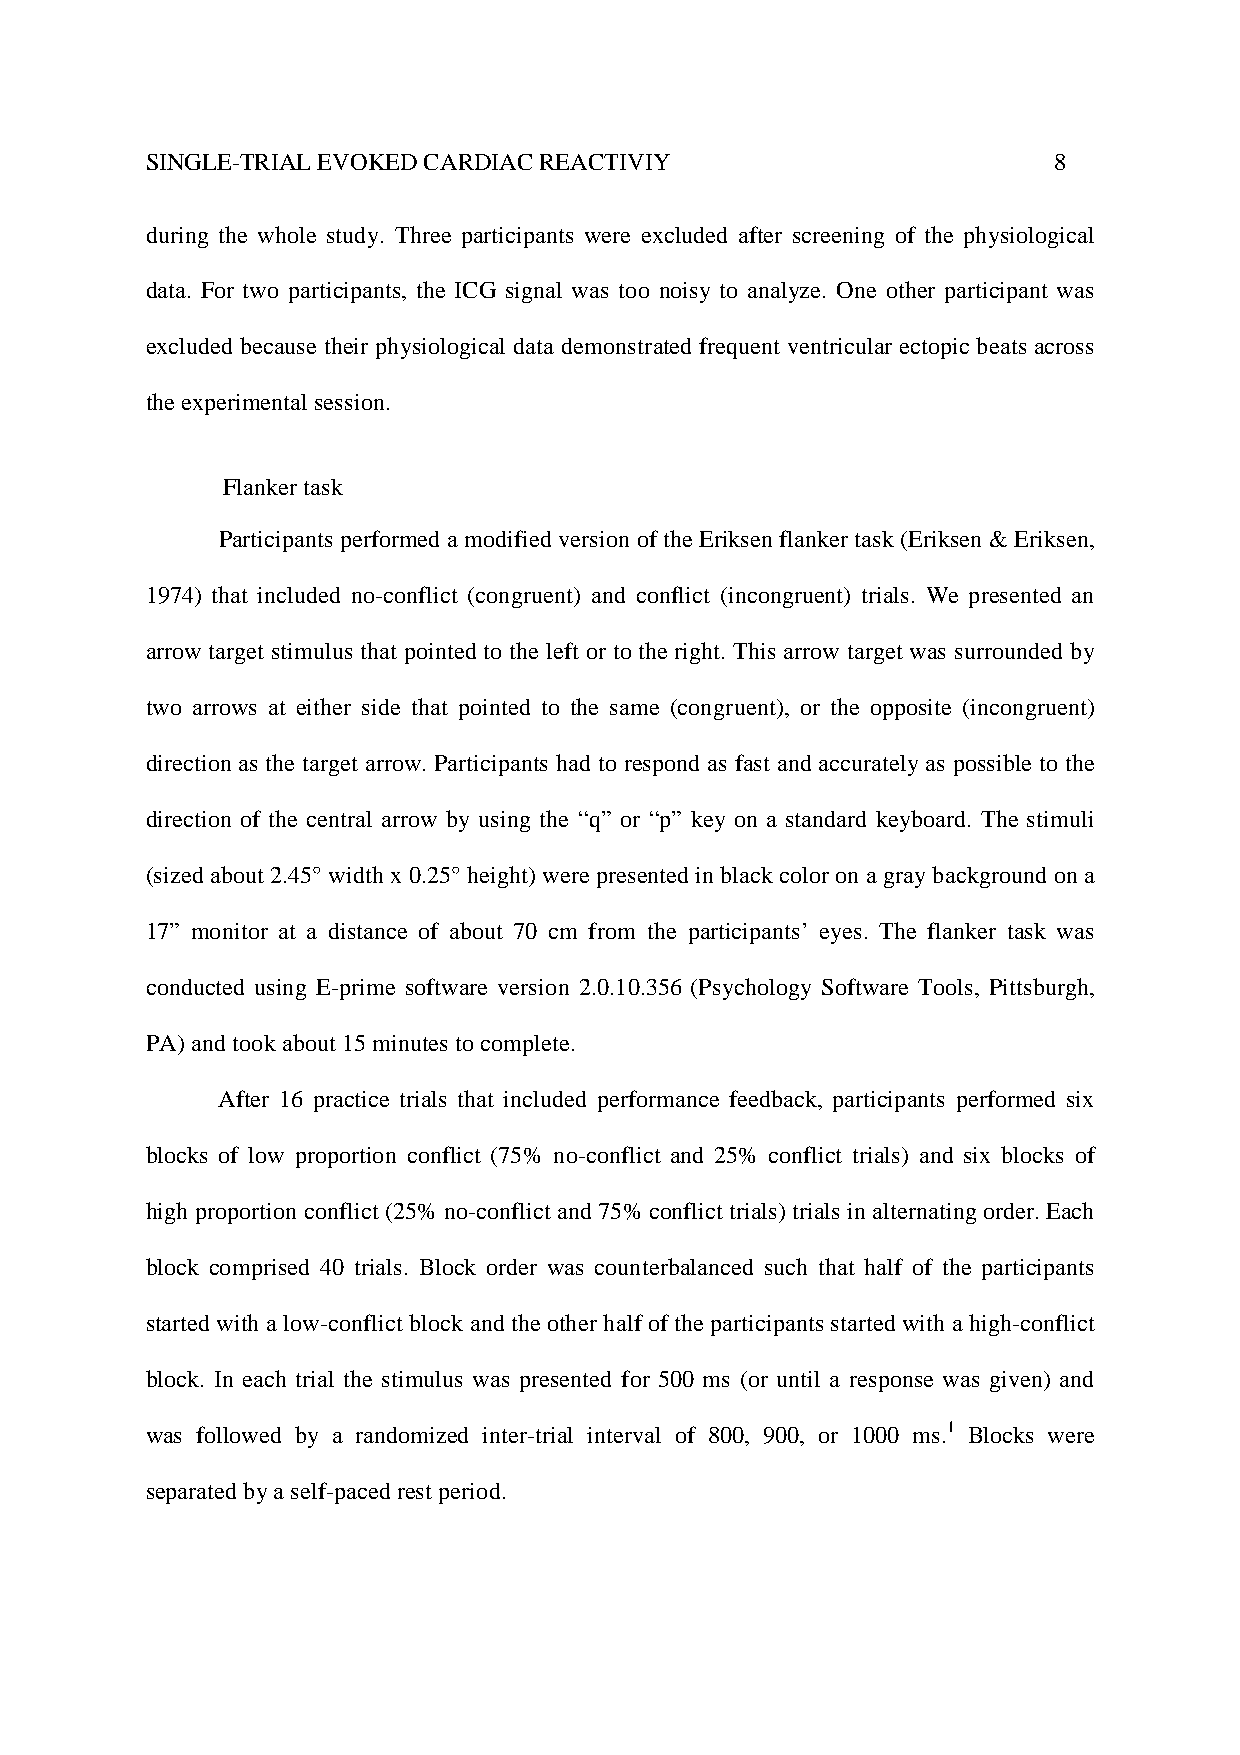
SINGLE-TRIAL EVOKED CARDIAC REACTIVIY                       8
 during the whole study. Three participants were excluded after screening of the physiological
 data. For two participants, the ICG signal was too noisy to analyze. One other participant was
 excluded because their physiological data demonstrated frequent ventricular ectopic beats across
 the experimental session.
 Flanker task
 Participants performed a modified version of the Eriksen flanker task (Eriksen & Eriksen,
 1974) that included no-conflict (congruent) and conflict (incongruent) trials. We presented an
 arrow target stimulus that pointed to the left or to the right. This arrow target was surrounded by
 two arrows at either side that pointed to the same (congruent), or the opposite (incongruent)
 direction as the target arrow. Participants had to respond as fast and accurately as possible to the
 direction of the central arrow by using the “q” or “p” key on a standard keyboard. The stimuli
 (sized about 2.45° width x 0.25° height) were presented in black color on a gray background on a
 17” monitor at a distance of about 70 cm from the participants’ eyes. The flanker task was
 conducted using E-prime software version 2.0.10.356 (Psychology Software Tools, Pittsburgh,
 PA) and took about 15 minutes to complete.
 After 16 practice trials that included performance feedback, participants performed six
 blocks of low proportion conflict (75% no-conflict and 25% conflict trials) and six blocks of
 high proportion conflict (25% no-conflict and 75% conflict trials) trials in alternating order. Each
 block comprised 40 trials. Block order was counterbalanced such that half of the participants
 started with a low-conflict block and the other half of the participants started with a high-conflict
 block. In each trial the stimulus was presented for 500 ms (or until a response was given) and
 was followed by a randomized inter-trial interval of 800, 900, or 1000 ms.1 Blocks were
 separated by a self-paced rest period.